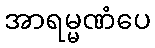
အာရမ္မဏံပေ